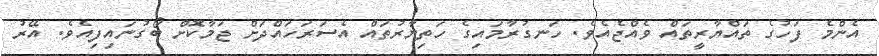
އެންމެ ފަހުގެ ތައްޔާރީތައް ވެއްޖެއެވެ. ހަނގުރާމައިގެ ހަތިޔާރުތައް އެސަރަހައްދަށް ޖަމާކޮށް ބޯގުނައިފިއެވެ. އޭރު